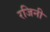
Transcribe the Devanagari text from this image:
रजिनी